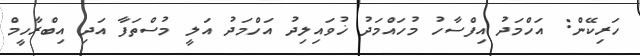
ހަރިކޭން: އަހްމަދު އިފްސާހު މުހައްމަދު ޚުވައިލިދު އަހްމަދު އަލީ މުސްތަފާ އަދި އިބްރާހީމް